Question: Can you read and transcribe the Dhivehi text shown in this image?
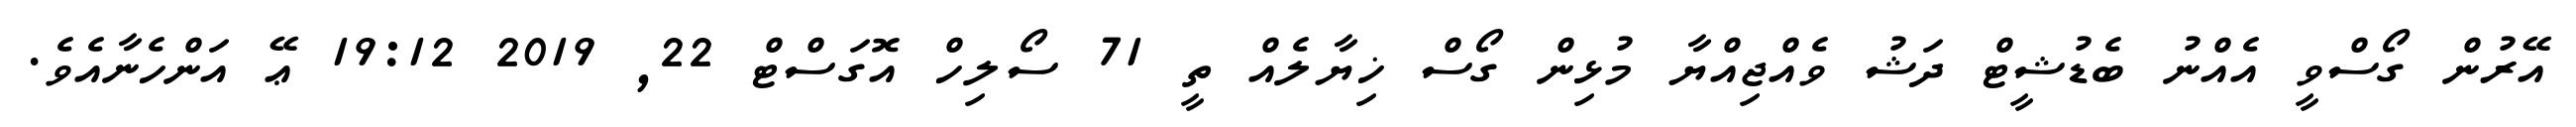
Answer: އޭރުން ގޯސްވީ އެއްނު ބެޑުޝީޓް ދަޝު ވެއްޖިއްޔާ މުޅިން ގޯސް ޚިޔާލެއް ތީ 71 ސޯލިހް އޮގަސްޓް 22, 2019 19:12 ޢޭ އަންހެނާއެވެ.